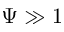
\Psi \gg 1